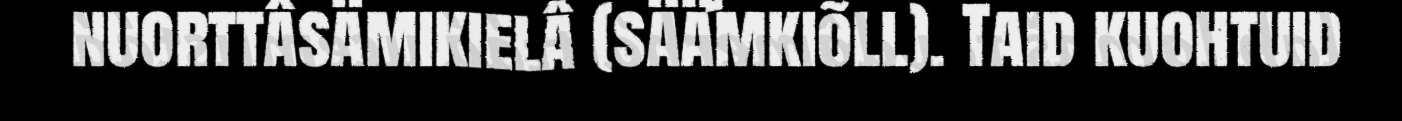
nuorttâsämikielâ (sää´mkiõll). Taid kuohtuid